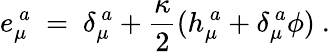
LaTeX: e_{\mu}^{~a}\ =\ \delta_{\mu}^{~a}+{\frac{\kappa}{2}}(h_{\mu}^{~a}+\delta_{\mu}^{~a}\phi)\ .